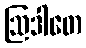
ဩဒါတေ